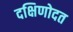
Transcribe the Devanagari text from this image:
दक्षिणोदत